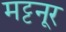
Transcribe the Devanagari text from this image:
मट्टनूर